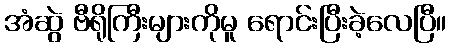
အံဆွဲ ဗီရိုကြီးများကိုမူ ရောင်းပြီးခဲ့လေပြီ။